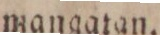
mangatan.